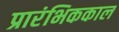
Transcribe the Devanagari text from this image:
प्रारंभिककाल